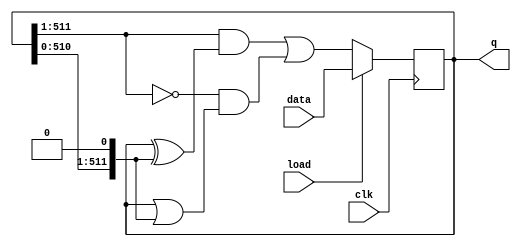
module top_module(
    input clk,
    input load,
    input [511:0] data,
    output [511:0] q ); 
	
    wire [511:0] L,R;
    assign L = {1'b0,q[511:1]};
    assign R = {q[510:0],1'b0};
    
    always @(posedge clk) begin
        if (load)
            q<=data;
        else 
            q<=L&(q^R) | (~L)&(q|R);

    end
    
endmodule